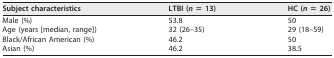
<table><thead><tr><td><b>Subject characteristics</b></td><td><b>LTBI (<i>n</i> = 13)</b></td><td><b>HC (<i>n</i> = 26)</b></td></tr></thead><tbody><tr><td>Male (%)</td><td>53.8</td><td>50</td></tr><tr><td>Age (years [median, range])</td><td>32 (26–35)</td><td>29 (18–59)</td></tr><tr><td>Black/African American (%)</td><td>46.2</td><td>50</td></tr><tr><td>Asian (%)</td><td>46.2</td><td>38.5</td></tr></tbody></table>